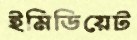
ইমিডিয়েট